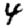
Digit: 4